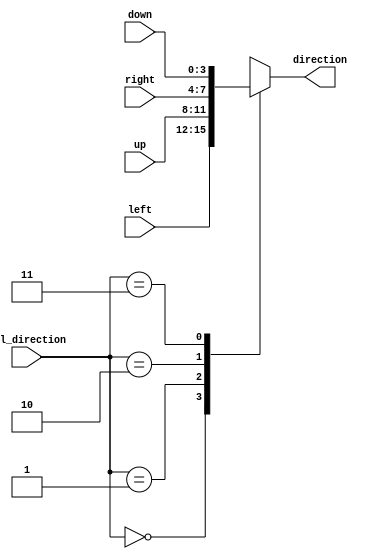
`timescale 1ns / 1ps


module mux4to1_direction(input [3:0]left ,input [3:0]right , input [3:0]up , input [3:0]down , input [1:0]sel_direction , output reg [3:0]direction
    );

	always@(left or right or up or down or sel_direction)
		begin 
			case(sel_direction)
			2'b00:direction=left;
			2'b01:direction=up;
			2'b10:direction=right;
			2'b11:direction=down;
			endcase
		end

endmodule